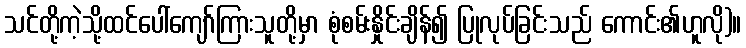
သင်တို့ကဲ့သို့ထင်ပေါ်ကျော်ကြားသူတို့မှာ စုံစမ်းနှိုင်းချိန်၍ ပြုလုပ်ခြင်းသည် ကောင်း၏ဟူလို)။